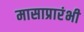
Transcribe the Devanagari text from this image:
मासाप्रारंभी